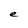
Character: e